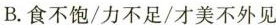
B. 食不饱/力不足/才美不外见